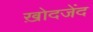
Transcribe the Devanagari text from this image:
ख़ोदजेंद